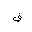
Letter: _fa